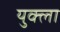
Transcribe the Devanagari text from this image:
युक्ला